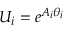
U _ { i } = e ^ { A _ { i } \theta _ { i } }